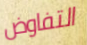
التفاوض